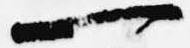
一